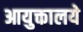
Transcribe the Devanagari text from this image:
आयुक्तालये